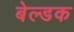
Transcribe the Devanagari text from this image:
बेल्डक